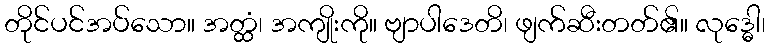
တိုင်ပင်အပ်သော။ အတ္ထံ၊ အကျိုးကို။ ဗျာပါဒေတိ၊ ဖျက်ဆီးတတ်၏။ လုဒ္ဓေါ၊